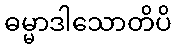
ဓမ္မာဒါသောတိပိ